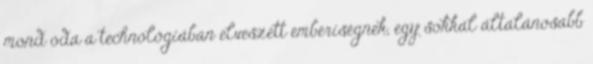
mond oda a technológiában elveszett emberiségnek, egy sokkal általánosabb